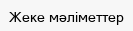
Жеке мәліметтер